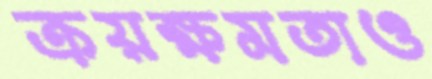
ক্রয়ক্ষমতাও